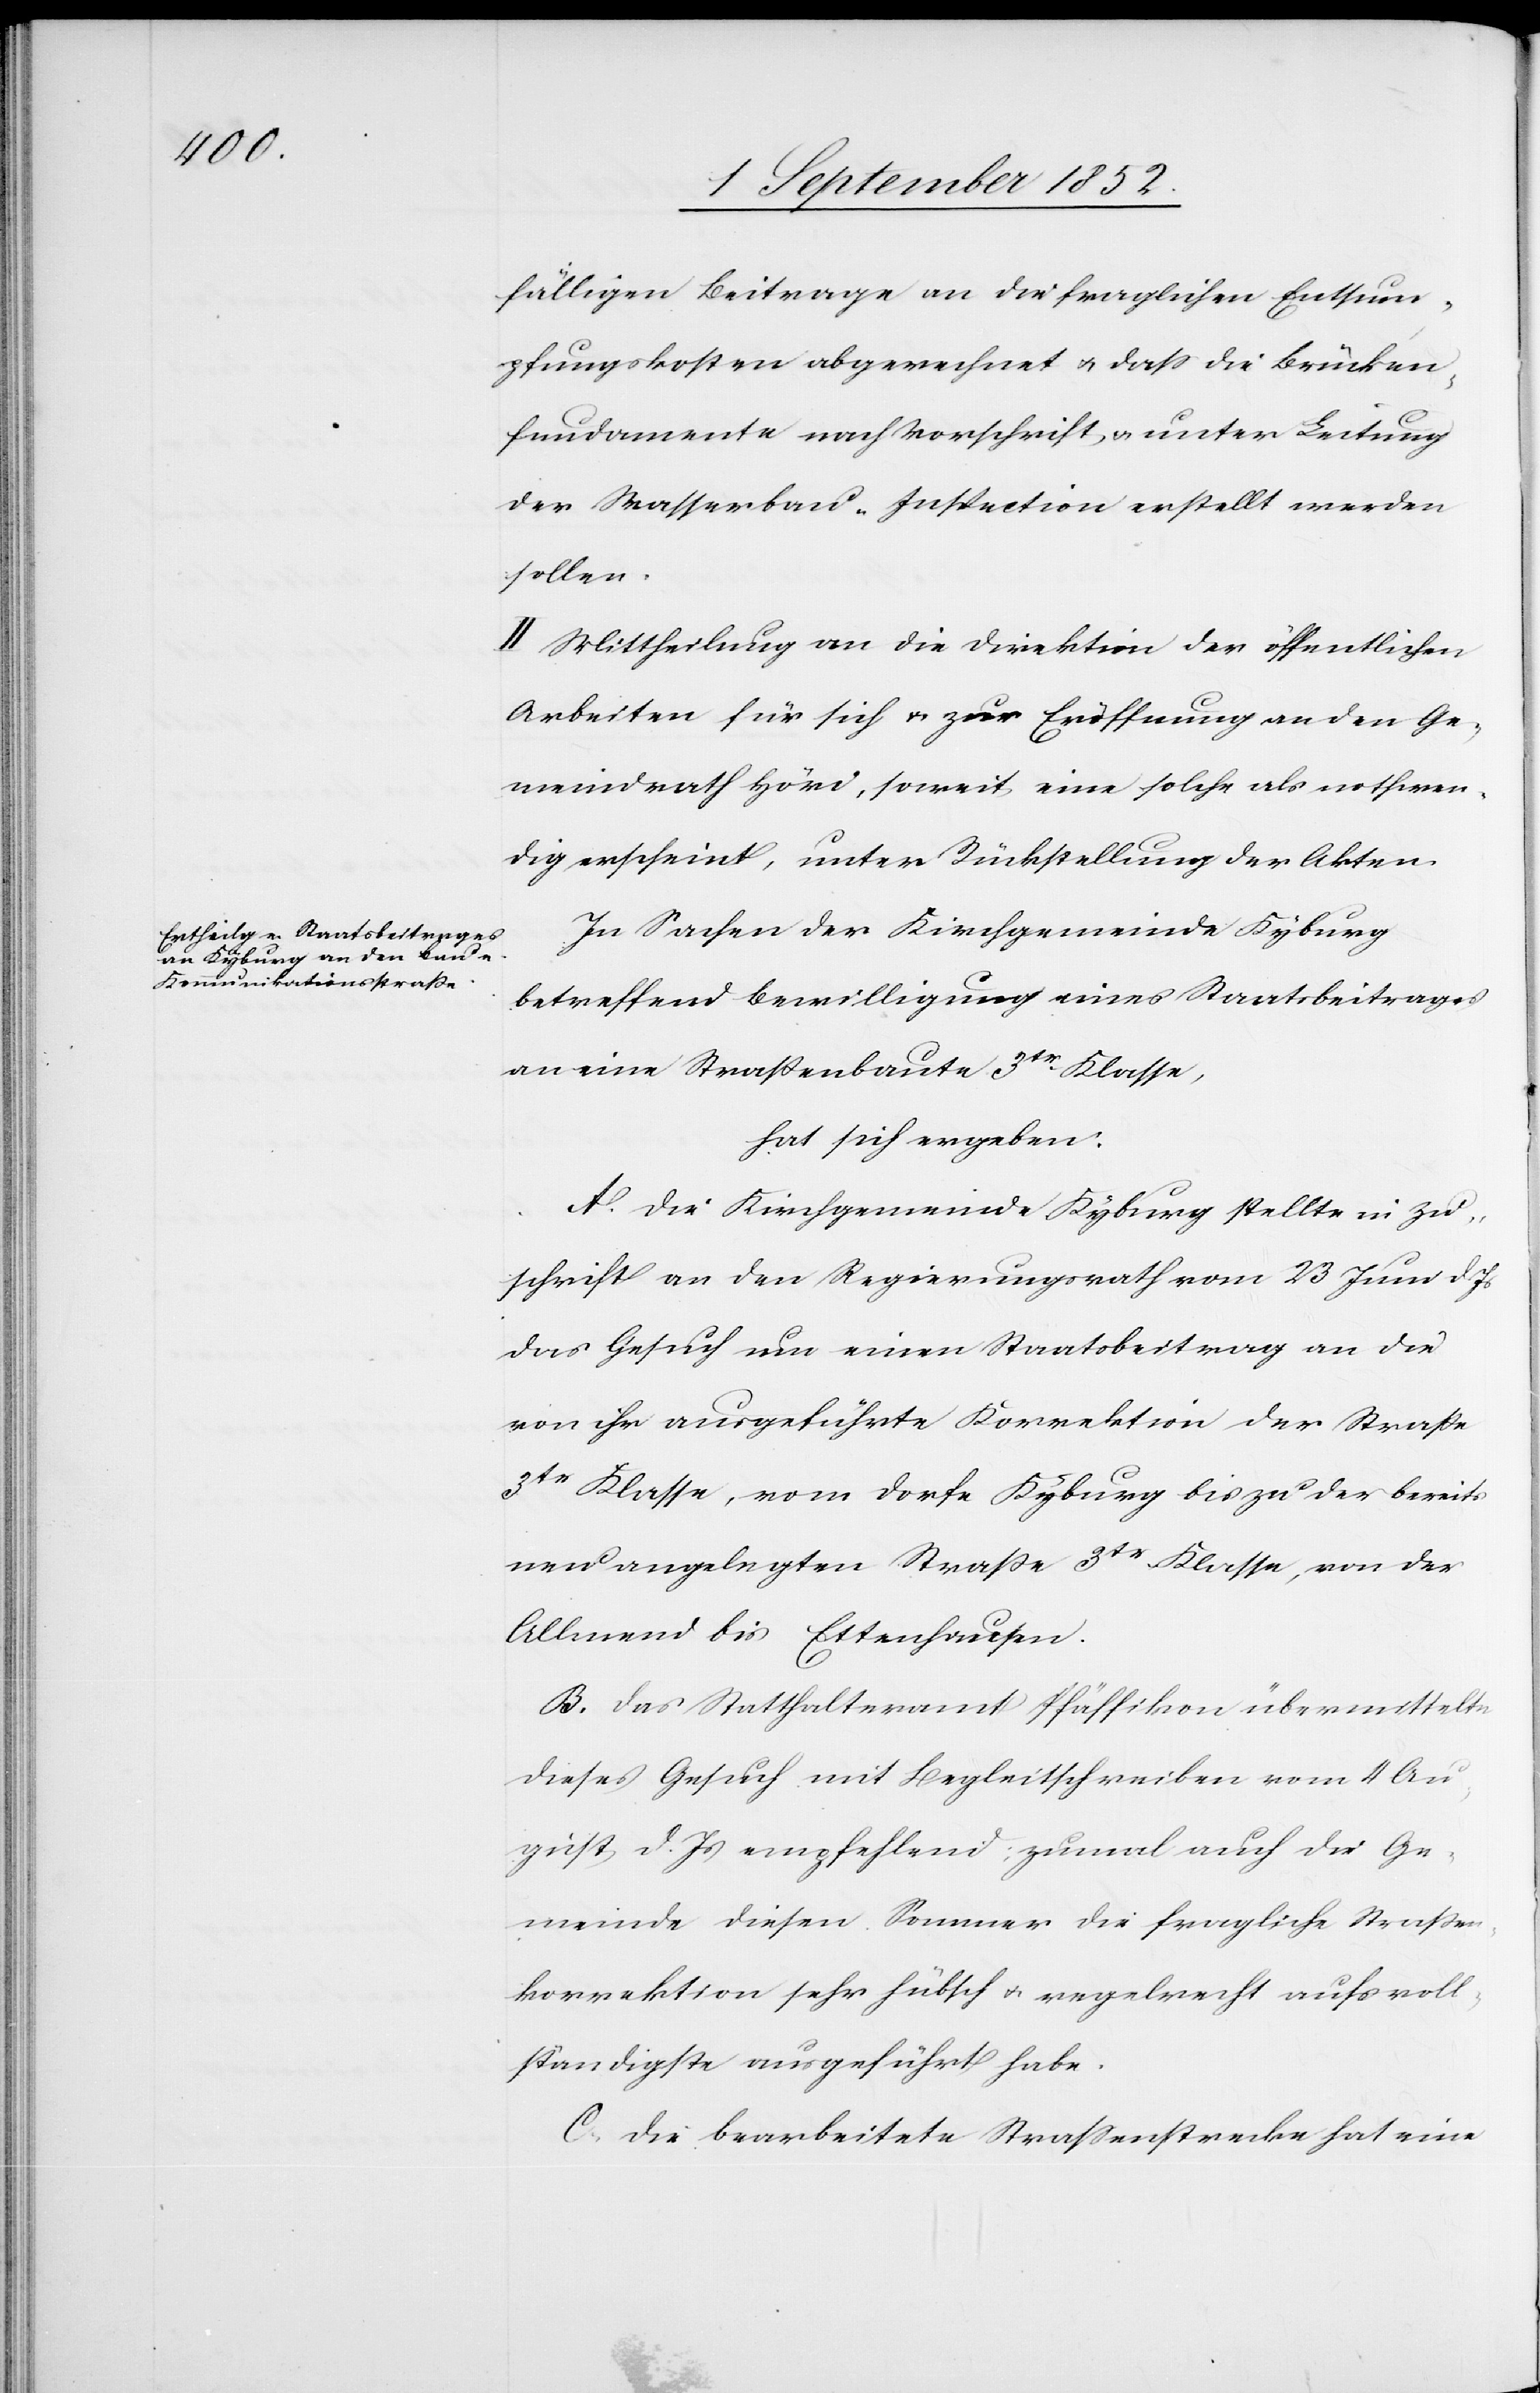
fälligen Beitrage an die fraglichen Entsum¬
pfungskosten abgerechnet & dass die Brücken¬
fundamente nach Vorschrift & unter Leitung
der Wasserbau-Inspection erstellt werden
sollen.
II Mittheilung an die Direktion der öffentlichen
Arbeiten für sich & zur Eröffnung an den Ge¬
meindrath Höri, soweit eine solche als nothwen¬
dig erscheint, unter Rückstellung der Akten.
In Sachen der Kirchgemeinde Kyburg
betreffend Bewilligung eines Staatsbeitrages
an eine Straßenbaute 3tr Klasse,
hat sich ergeben:
A. Die Kirchgemeinde Kyburg stellte in Zu¬
schrift an den Regierungsrath vom 23 Juni d. Js
das Gesuch um einen Staatsbeitrag an die
von ihr ausgeführte Korrektion der Straße
3tr Klasse, vom Dorfe Kyburg bis zu der bereits
neu angelegten Straße 3tr Klasse, von der
Allmend bis Ettenhausen.
B. Das Statthalteramt Pfäffikon übermittelte
dieses Gesuch mit Begleitschreiben vom 4 Au¬
gust d. Js empfehlend; zumal auch die Ge¬
meinde diesen Sommer die fragliche Straßen¬
korrektion sehr hübsch & regelrecht aufs voll¬
ständigste ausgeführt habe.
C. Die bearbeitete Strassenstrecke hat eine